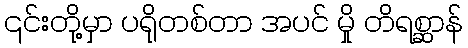
၎င်းတို့မှာ ပရိုတစ်တာ အပင် မှို တိရစ္ဆာန်